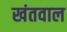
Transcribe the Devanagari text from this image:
खंतवाल